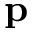
\mathbf { p }